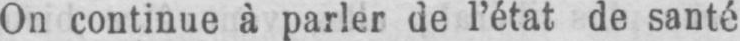
On continue à parler de l’état de santé